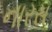
નારસ